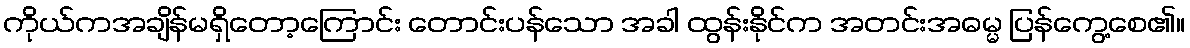
ကိုယ်ကအချိန်မရှိတော့ကြောင်း တောင်းပန်သော အခါ ထွန်းနိုင်က အတင်းအဓမ္မ ပြန်ကွေ့စေ၏။